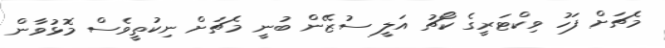
މެޗަށް ފަހު ވިކްޓަރީގެ ކޯޗު އަލީ ސުޒޭން ބުނީ މެޗަށް ނިކުތީވެސް މޮޅުވާން